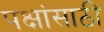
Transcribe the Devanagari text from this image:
पक्षांसाठी